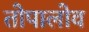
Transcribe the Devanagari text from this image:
तोपालोव